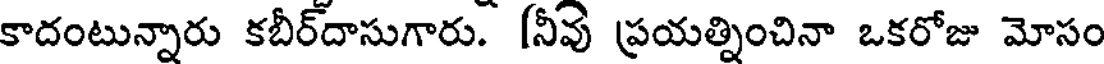
కాదంటున్నారు కబీర్దాసుగారు. [నీవు ప్రయత్నించినా ఒకరోజు మోసం